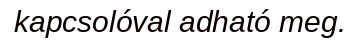
kapcsolóval adható meg.